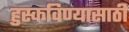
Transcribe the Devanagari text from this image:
हुस्कविण्यासाठी